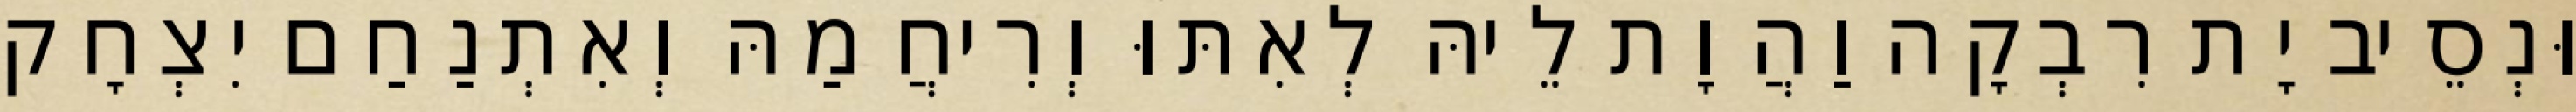
וּנְסֵיב יָת רִבְקָה וַהֲוָת לֵיהּ לְאִתּוּ וְרִיחֲמַהּ וְאִתְנַחַם יִצְחָק